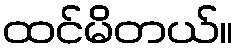
ထင်မိတယ်။